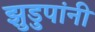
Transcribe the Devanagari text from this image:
झुडुपांनी